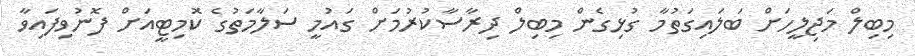
މިބިލް މަޖިލީހަށް ބަލައިގަތުމާ ގުޅިގެން މިބިލް ދިރާސާކުރުމަށް ގައުމީ ސަލާމަތުގެ ކޮމިޓީއަށް ފޮނުވިފައިވާ